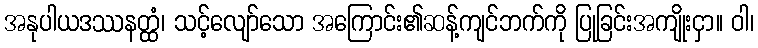
အနုပါယဒဿနတ္ထံ၊ သင့်လျော်သော အကြောင်း၏ဆန့်ကျင်ဘက်ကို ပြုခြင်းအကျိုးငှာ။ ဝါ၊